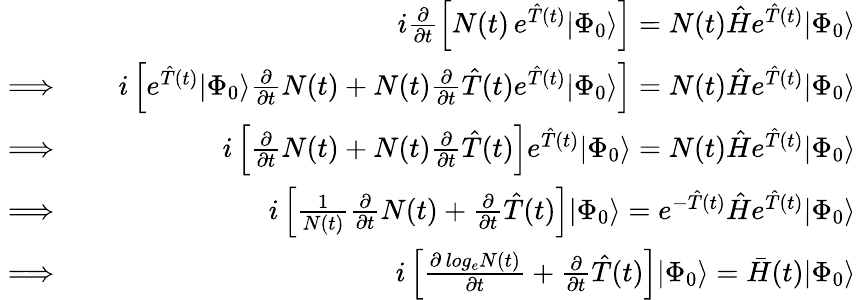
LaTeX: \begin{array}{rlr}&{}&{i\frac{\partial}{\partial t}\left[N(t)\, e^{\hat{T}(t)}|\Phi_{0}\rangle\right]=N(t)\hat{H}e^{\hat{T}(t)}|\Phi_{0}\rangle}\\ {\implies}&{}&{i\left[e^{\hat{T}(t)}|\Phi_{0}\rangle\frac{\partial}{\partial t}N(t)+N(t)\frac{\partial}{\partial t}\hat{T}(t)e^{\hat{T}(t)}|\Phi_{0}\rangle\right]=N(t)\hat{H}e^{\hat{T}(t)}|\Phi_{0}\rangle}\\ {\implies}&{}&{i\left[\frac{\partial}{\partial t}N(t)+N(t)\frac{\partial}{\partial t}\hat{T}(t)\right]e^{\hat{T}(t)}|\Phi_{0}\rangle=N(t)\hat{H}e^{\hat{T}(t)}|\Phi_{0}\rangle}\\ {\implies}&{}&{i\left[\frac{1}{N(t)}\frac{\partial}{\partial t}N(t)+\frac{\partial}{\partial t}\hat{T}(t)\right]|\Phi_{0}\rangle=e^{-\hat{T}(t)}\hat{H}e^{\hat{T}(t)}|\Phi_{0}\rangle}\\ {\implies}&{}&{i\left[\frac{\partial\, log_{e}N(t)}{\partial t}+\frac{\partial}{\partial t}\hat{T}(t)\right]|\Phi_{0}\rangle=\bar{H}(t)|\Phi_{0}\rangle}\end{array}